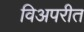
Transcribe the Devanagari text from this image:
विअपरीत